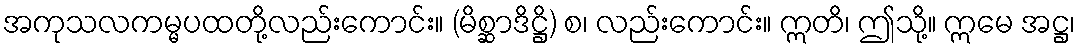
အကုသလကမ္မပထတို့လည်းကောင်း။ (မိစ္ဆာဒိဋ္ဌိ) စ၊ လည်းကောင်း။ ဣတိ၊ ဤသို့။ ဣမေ အဋ္ဌ၊